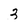
Character: 3